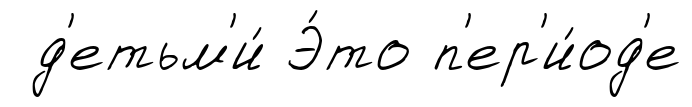
д'етьм'и́ Э́то п'ер'и́од'е